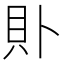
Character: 𧴤